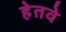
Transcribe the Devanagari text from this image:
हेतवे